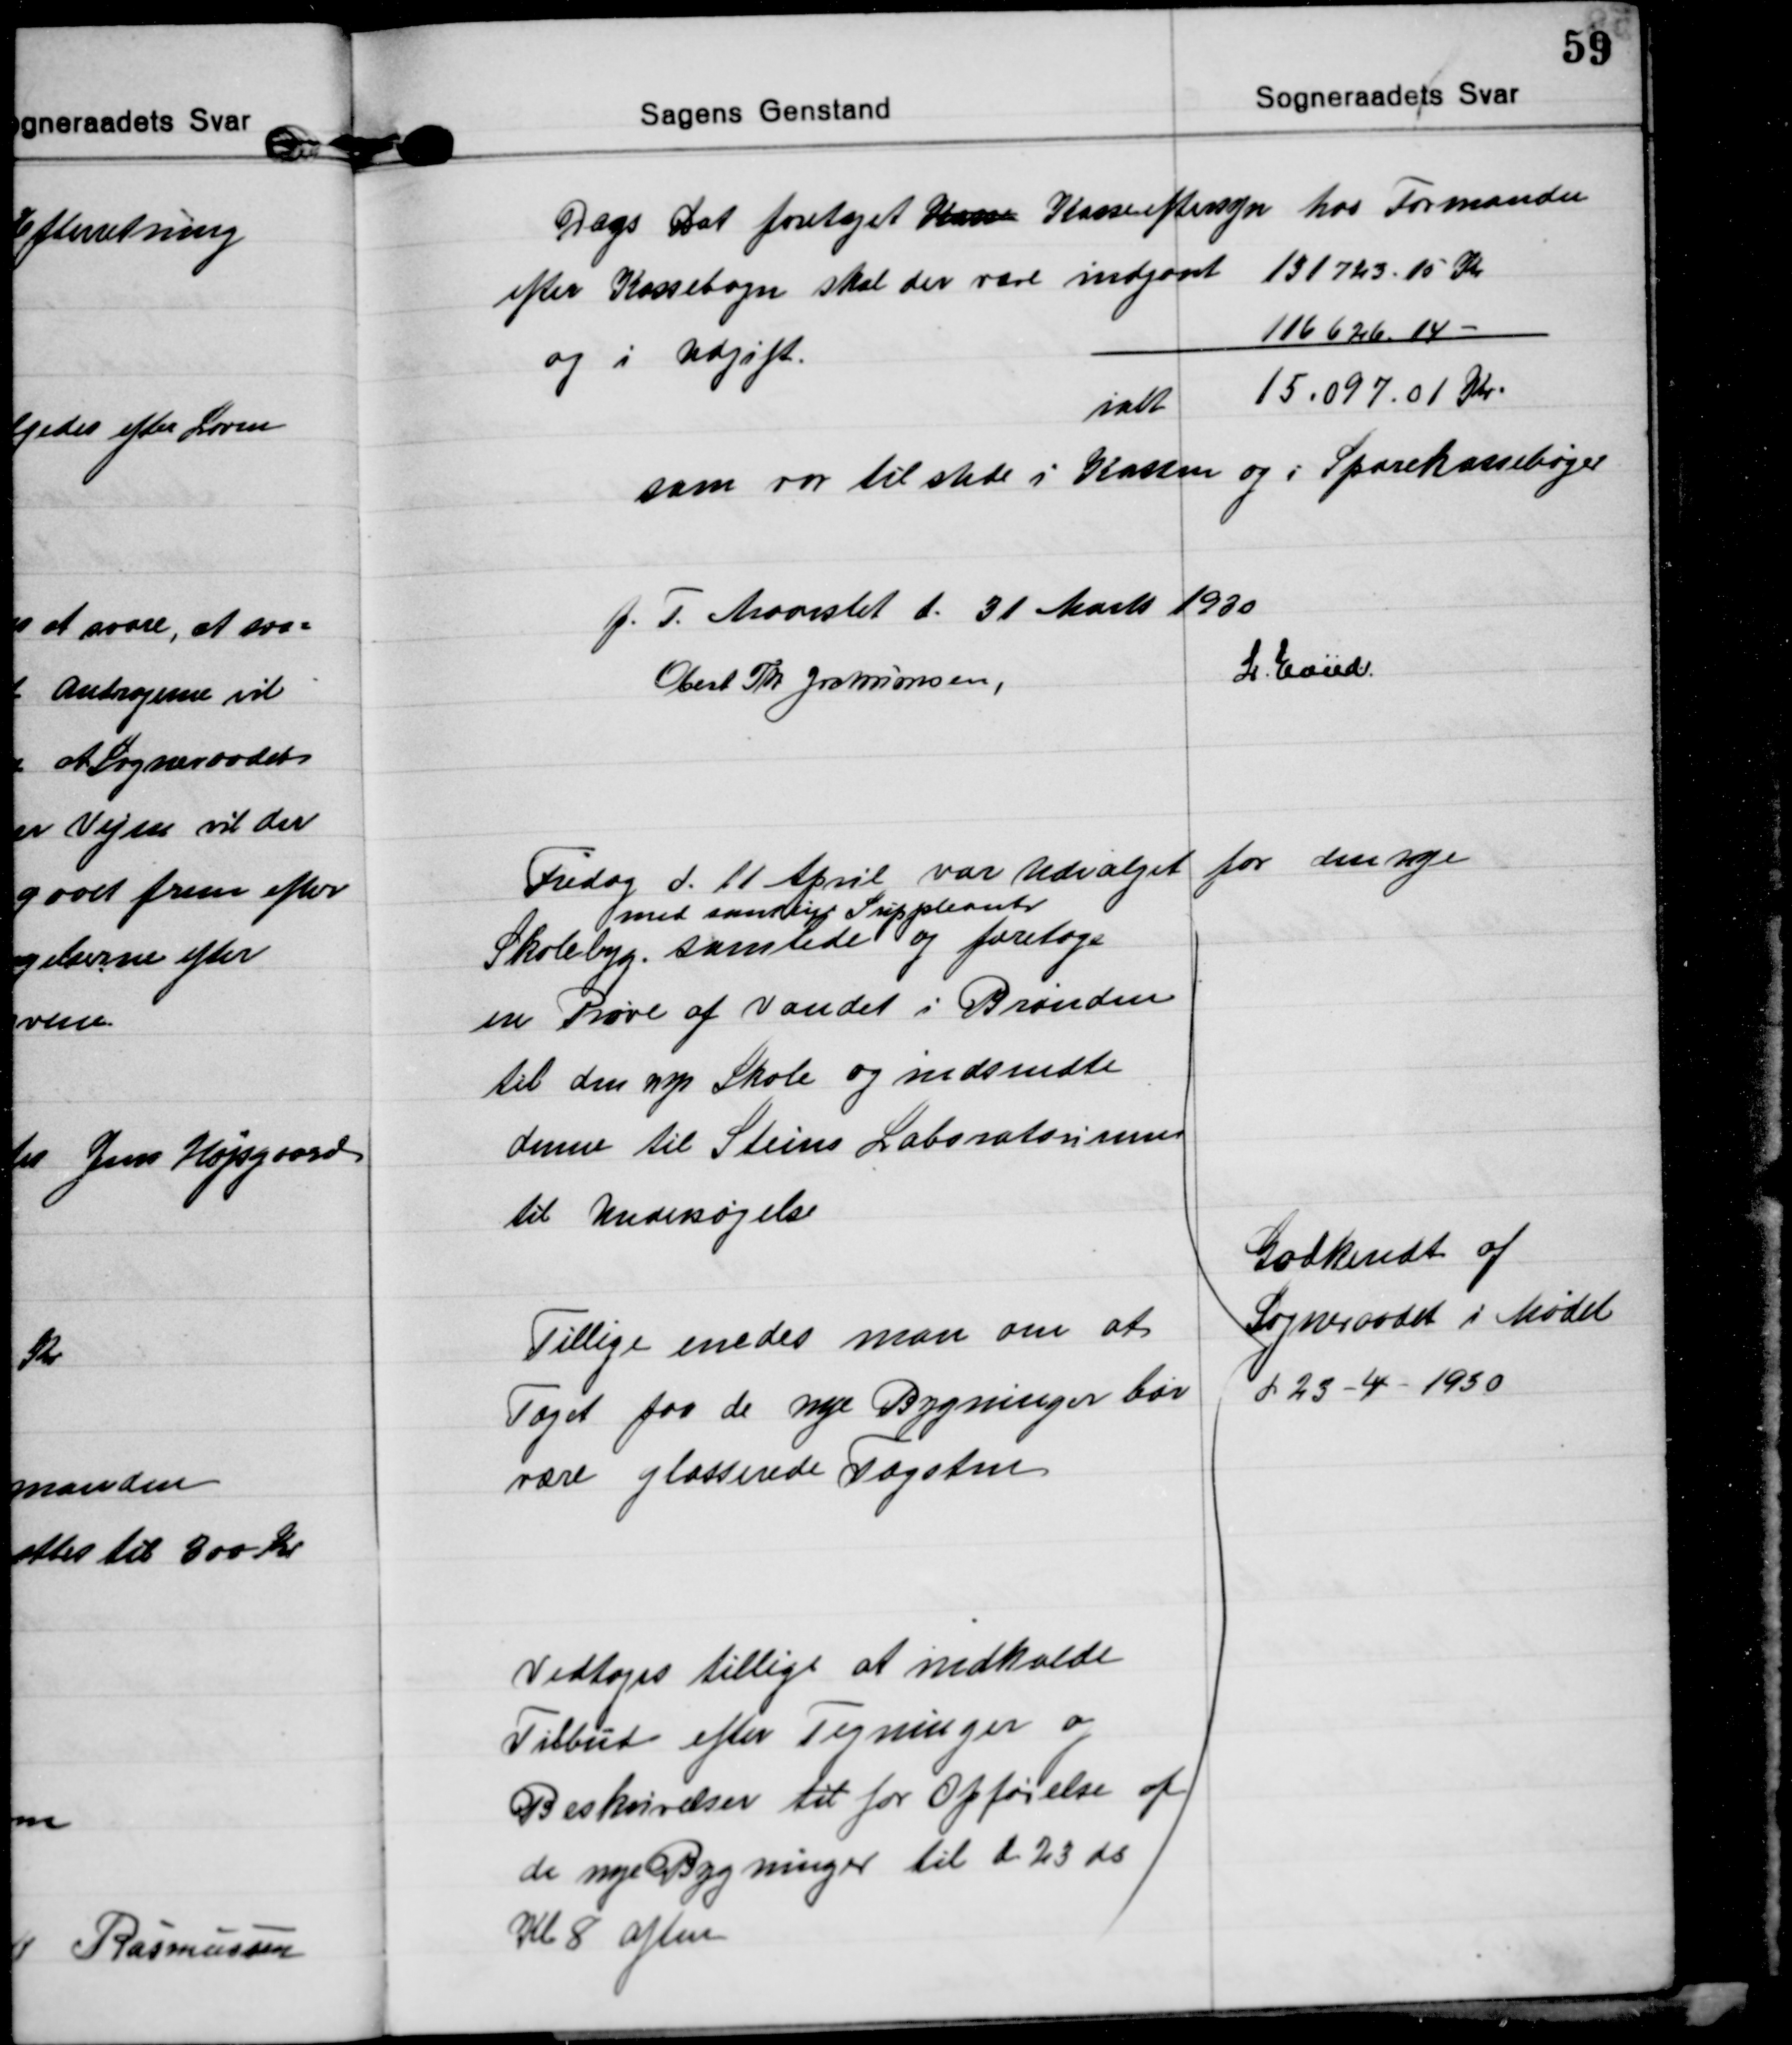
Transskription:
Dags Dat foretaget Kasse Kasseeftersyn hos Formanden
efter Kassebogn skal der være indgaaet 131 723.15 Kr
og i Udgift.
116 626.14 
ialt 15.097.01 Kr.
som var til stede i Kassen og i Sparekassebøger

f. T. Maarslet d. 31 Marts 1930
Obert Th. Jochumsen,
L. Hviid.

Fredag d. 11 April var Udvalget for den nye
med samtlige Suppleanter
Skolebyg. samlede og foretoge
en Prøve af Vandet i Brønden
til den ny Skole og indsendte
denne til Steins Laboratorium
til Undersøgelse
Tillige enedes man om at
Taget paa de nye Bygninger bør
være glasserede Tagsten
Vedtoges tillige at indkalde
Tilbud efter Tegninger og
Beskrivelser til for Opførelse af
de nye Bygninger til d 23 ds.
Kl 8 aften    
Godkendt af
Sogneraadet i Mødet
d 23-4-1930